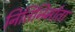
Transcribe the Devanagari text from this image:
नितिनिर्माता